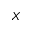
_ { X }